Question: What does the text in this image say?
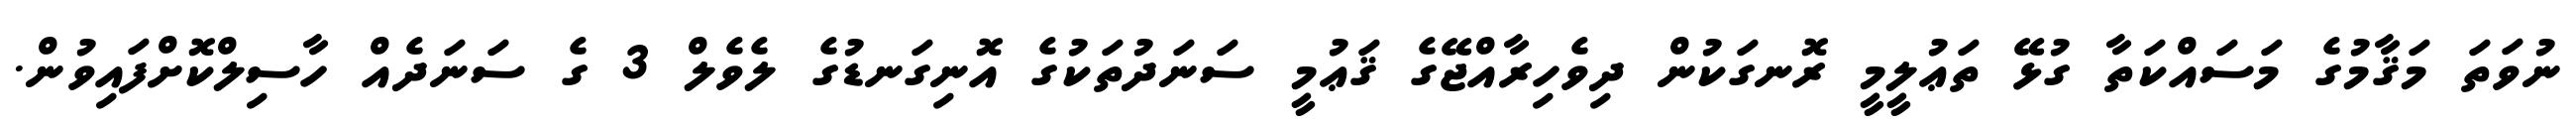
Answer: ނުވަތަ މަޤާމުގެ މަސައްކަތާ ގުޅޭ ތަޢުލީމީ ރޮނގަކުން ދިވެހިރާއްޖޭގެ ޤަޢުމީ ސަނަދުތަކުގެ އޮނިގަނޑުގެ ލެވެލް 3 ގެ ސަނަދެއް ހާސިލްކޮށްފައިވުން.